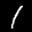
Label: 1